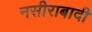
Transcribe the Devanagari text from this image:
नसीराबादी